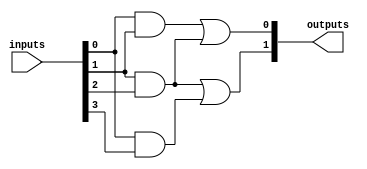
module jewel_pal (
    input wire [N-1:0] inputs,  // N input pins
    output wire [M-1:0] outputs  // M output pins
);

// Parameters for the number of inputs and outputs
parameter N = 4; // Number of input pins
parameter M = 2; // Number of output pins
parameter P = 3; // Number of programmable AND gates

// Programmable AND gates
wire [P-1:0] and_outputs; // Outputs from the AND gates

// Example of programmable AND gates
// Each AND gate can be programmed to connect to any combination of inputs
assign and_outputs[0] = inputs[0] & inputs[1]; // AND gate 1
assign and_outputs[1] = inputs[1] & inputs[2]; // AND gate 2
assign and_outputs[2] = inputs[0] & inputs[3]; // AND gate 3

// Fixed OR gates
// Each OR gate combines outputs from the AND gates
assign outputs[0] = and_outputs[0] | and_outputs[1]; // OR gate 1
assign outputs[1] = and_outputs[1] | and_outputs[2]; // OR gate 2

endmodule